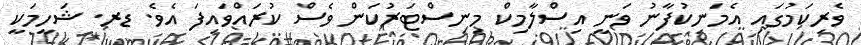
ވެރިކަމުގައި އެމަނިކުފާނު ވަނީ އިސްލާމިކް މިނިސްޓަރުކަން ވެސް ކުރައްވައިފަ އެވެ. ޑރ. ޝަހީމަކީ